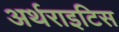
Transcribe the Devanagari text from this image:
अर्थराइटिस